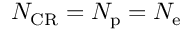
N _ { \mathrm { C R } } = N _ { \mathrm { p } } = N _ { \mathrm { e } }